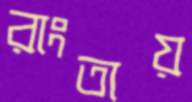
রাংতায়